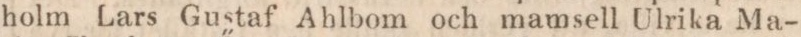
holm Lars Gustaf Ahlbom och mamsell Ulrika Ma-